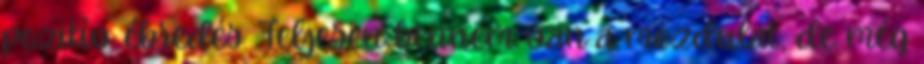
pozitív ébredés. Teljesen bennem van a mozdulat, de még